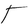
Character: T